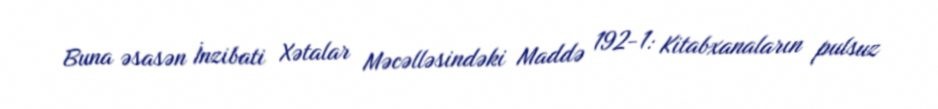
Buna əsasən İnzibati Xətalar Məcəlləsindəki Maddə 192-1: Kitabxanaların pulsuz